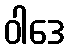
ဝါဒေ